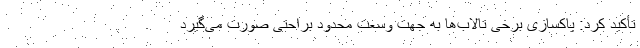
تأکید کرد: پاکسازی برخی تالاب‌ها به جهت وسعت محدود براحتی صورت می‌گیرد